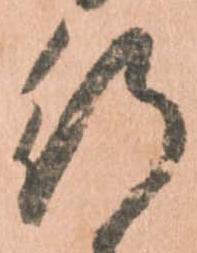
行